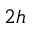
_ { 2 h }